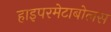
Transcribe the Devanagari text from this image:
हाइपरमेटाबोलस